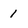
Character: 1